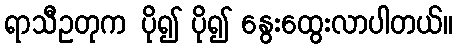
ရာသီဥတုက ပို၍ ပို၍ နွေးထွေးလာပါတယ်။